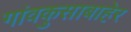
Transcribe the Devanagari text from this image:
गांवकुसाबाहेर